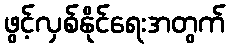
ဖွင့်လှစ်နိုင်ရေးအတွက်